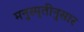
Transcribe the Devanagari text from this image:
मनुस्मृतीनुसार